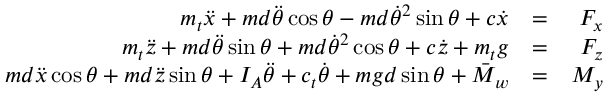
\begin{array} { r l r } { m _ { t } \ddot { x } + m d \ddot { \theta } \cos \theta - m d \dot { \theta } ^ { 2 } \sin \theta + c \dot { x } } & { = } & { F _ { x } } \\ { m _ { t } \ddot { z } + m d \ddot { \theta } \sin \theta + m d \dot { \theta } ^ { 2 } \cos \theta + c \dot { z } + m _ { t } g } & { = } & { F _ { z } } \\ { m d \ddot { x } \cos \theta + m d \ddot { z } \sin \theta + I _ { A } \ddot { \theta } + c _ { t } \dot { \theta } + m g d \sin \theta + \bar { M } _ { w } } & { = } & { M _ { y } } \end{array}